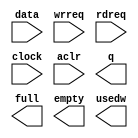
//Copyright (C) 1991-2004 Altera Corporation
//Any  megafunction  design,  and related netlist (encrypted  or  decrypted),
//support information,  device programming or simulation file,  and any other
//associated  documentation or information  provided by  Altera  or a partner
//under  Altera's   Megafunction   Partnership   Program  may  be  used  only
//to program  PLD  devices (but not masked  PLD  devices) from  Altera.   Any
//other  use  of such  megafunction  design,  netlist,  support  information,
//device programming or simulation file,  or any other  related documentation
//or information  is prohibited  for  any  other purpose,  including, but not
//limited to  modification,  reverse engineering,  de-compiling, or use  with
//any other  silicon devices,  unless such use is  explicitly  licensed under
//a separate agreement with  Altera  or a megafunction partner.  Title to the
//intellectual property,  including patents,  copyrights,  trademarks,  trade
//secrets,  or maskworks,  embodied in any such megafunction design, netlist,
//support  information,  device programming or simulation file,  or any other
//related documentation or information provided by  Altera  or a megafunction
//partner, remains with Altera, the megafunction partner, or their respective
//licensors. No other licenses, including any licenses needed under any third
//party's intellectual property, are provided herein.

module myfifo_10 (
	data,
	wrreq,
	rdreq,
	clock,
	aclr,
	q,
	full,
	empty,
	usedw);

	input	[9:0]  data;
	input	  wrreq;
	input	  rdreq;
	input	  clock;
	input	  aclr;
	output	[9:0]  q;
	output	  full;
	output	  empty;
	output	[3:0]  usedw;

endmodule